Report of the Indian Hemp Drugs Commission, 1894-1895 - Volume VII
Year: 1894
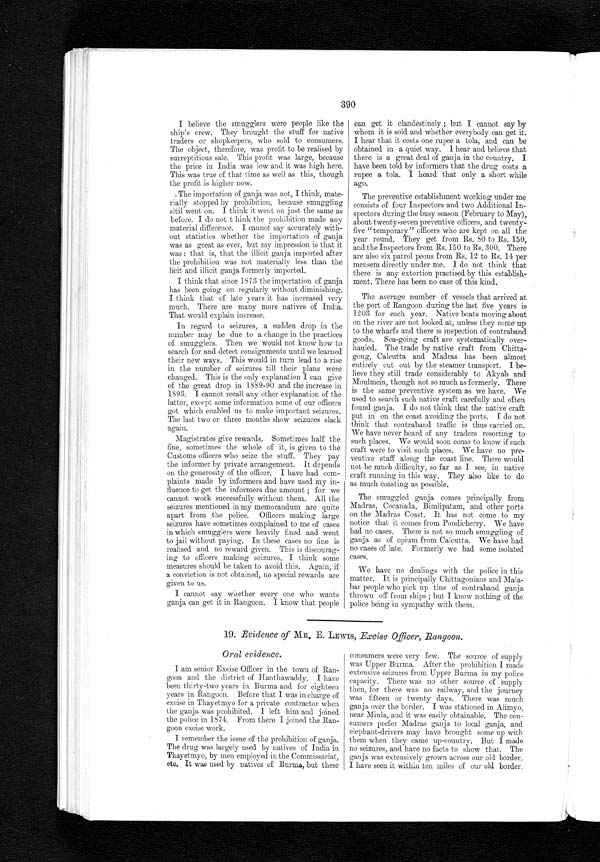
390
I believe the smugglers were people like the
ship's crew. They brought the stuff for native
traders or shopkeepers, who sold to consumers.
The object, therefore, was profit to be realised by
surreptitious sale. This profit was large, because
the price in India was low and it was high here.
This was true of that time as well as this, though
the profit is higher now.
The importation of ganja was not, I think, mate-
rially stopped. by prohibition, because smuggling
sltil went on. I think it went on just the same as
before. I do not t hink the prohibition made any
material difference. I cannot say accurately with-
out statistics whether the importation of ganja
was as great as ever, but my impression is that it
was : that is, that the illicit ganja imported after
the prohibition was not materially less than the
licit and illicit ganja formerly imported.
I think that since 1873 the importation of ganja
has been going on regularly without diminishing.
I think that of late years it has increased very
much. There are many more natives of India.
That would explain increase.
In regard to seizures, a sudden drop in the
number may be due to a change in the practices
of smugglers. Then we would not know how to
search for and. detect consignments until we learned
their new ways. This would in turn lead. to a rise
in the number of seizures till their plans were
changed. This is the only explanation I can give
of the great drop in 1889-90 and the increase in
1893. I cannot recall any other explanation of the
latter, except some information some of our officers
got which enabled us to make important seizures.
The last two or three months show seizures slack
again.
Magistrates give rewards. Sometimes half the
fine, sometimes the whole of it, is given to the
Customs officers who seize the stuff. They pay
the informer by private arrangement. It depends
on the generosity of the officer. I have had com-
plaints made by informers and have used my in-
fluence to get the informers due amount ; for we
cannot
w o r k s u c c e s s f u l l y w i t h o u t t h e m . A l l t h e s e i z u r e s m e n t i o n e d i n m y m e m o r a n d u m a r e q u i t e
apart from the police. Officers making large
seizures have sometimes complained to me of cases
in which smugglers were heavily fined and went
to jail without paying. In these cases no fine is
realised and no reward given. This is discourag-
ing to officers making seizures. I think some
measures should be taken to avoid this. Again, if
a conviction is not obtained, no special rewards are
given to us.
I cannot say whether every one who wants
ganja can get it in Rangoon. I know that people
can get it clandestinely ; but I cannot say by
whom it is sold and whether everybody can get it.
I hear that it costs one rupee a tola, and can be
obtained in a quiet way. I hear and believe that
there is a great deal of ganja in the country. I
have been told by informers that the drug costs a
rupee a tola. I heard that only a short while
ago.
The preventive establishment working under me
consists of four Inspectors and two Additional In-
spectors during the busy season (February to May),
about twenty-seven preventive officers, and twenty-
five "temporary" officers who are kept on all the
year round. They get from Rs. 80 to Rs. 150,
and the Inspectors from Rs. 150 to Rs. 300. There
are also six patrol peons from Rs. 12 to Rs. 14 per
mensem directly under me. I do not think that
there is any extortion practised by this establish-
ment. There has been no case of this kind.
The average number of vessels that arrived at
the port of Rangoon during the last five years is
1203 for each year. Native boats moving about
on the river are not looked at, unless they come up
to the wharfs and there is inspection of contraband
goods. Sea-going craft are systematically over-
hauled. The trade by native craft from Chitta-
gong, Calcutta and Madras has been almost
entirely cut out by the steamer transport. I be-
lieve they still trade considerably to Akyab and
Moulmein, though not so much as formerly. There
is the same preventive system as we have. We
used to search such native craft carefully and often
found ganja. I do not think that the native craft
put in on the coast avoiding the ports. I do not
think that contraband traffic is thus carried on.
We have never heard of any traders resorting to
such places. We would soon come to know if such
craft were to visit such places. We have no pre-
ventive staff along the coast line. There would
not be much difficulty, so far as I see, in native
craft running in this way. They also like to do
as much coasting as possible.
The smuggled ganja comes principally from
Madras, Cocanada, Bimlipatam, and other ports
on the Madras Coast. It has not come to my
notice that it comes from Pondicherry. We have
had no cases. There is not so much smuggling of
ganja as of opium from Calcutta. We have had
no cases of late. Formerly we had some isolated
cases.
We have no dealings with the police in this
matter. It is principally Chittagonians and Mala-
bar people who pick up tins of contraband ganja
thrown off from ships ; but I know nothing of the
police being in sympathy with them.
19. Evidence of MR. E. LEWIS, Excise Officer, Rangoon.
Oral evidence.
I am senior Excise Officer in the town of Ran-
goon and the district of Hanthawaddy. I have
been thirty-two years in Burma and. for eighteen
years in Rangoon. Before that I was in charge of
excise in Thayetmyo for a private contractor when
the ganja was prohibited. I left him and joined
the police in 1874. From there I joined the Ran-
goon excise work.
I remember the issue of the prohibition of ganja.
The drug was largely used by natives of India in
Thayetmyo, by men employed in the Commissariat,
etc. It was used by natives of Burma, but these
consumers were very few. The source of supply
was Upper Burma. After the prohibition I made
extensive seizures from Upper Burma in my police
capacity. There was no other source of supply
then, for there was no railway, and the journey
was fifteen or twenty days. There was much
ganja over the border. I was stationed in Alimyo,
near Minla, and it was easily obtainable. The con-
sumers prefer Madras ganja to local ganja, and
elephant-drivers may have brought some up with
them when they came up-country. But I made
no seizures, and have no facts to show that. The
ganja was extensively grown across our old border.
I have seen it within ten miles of our old border.